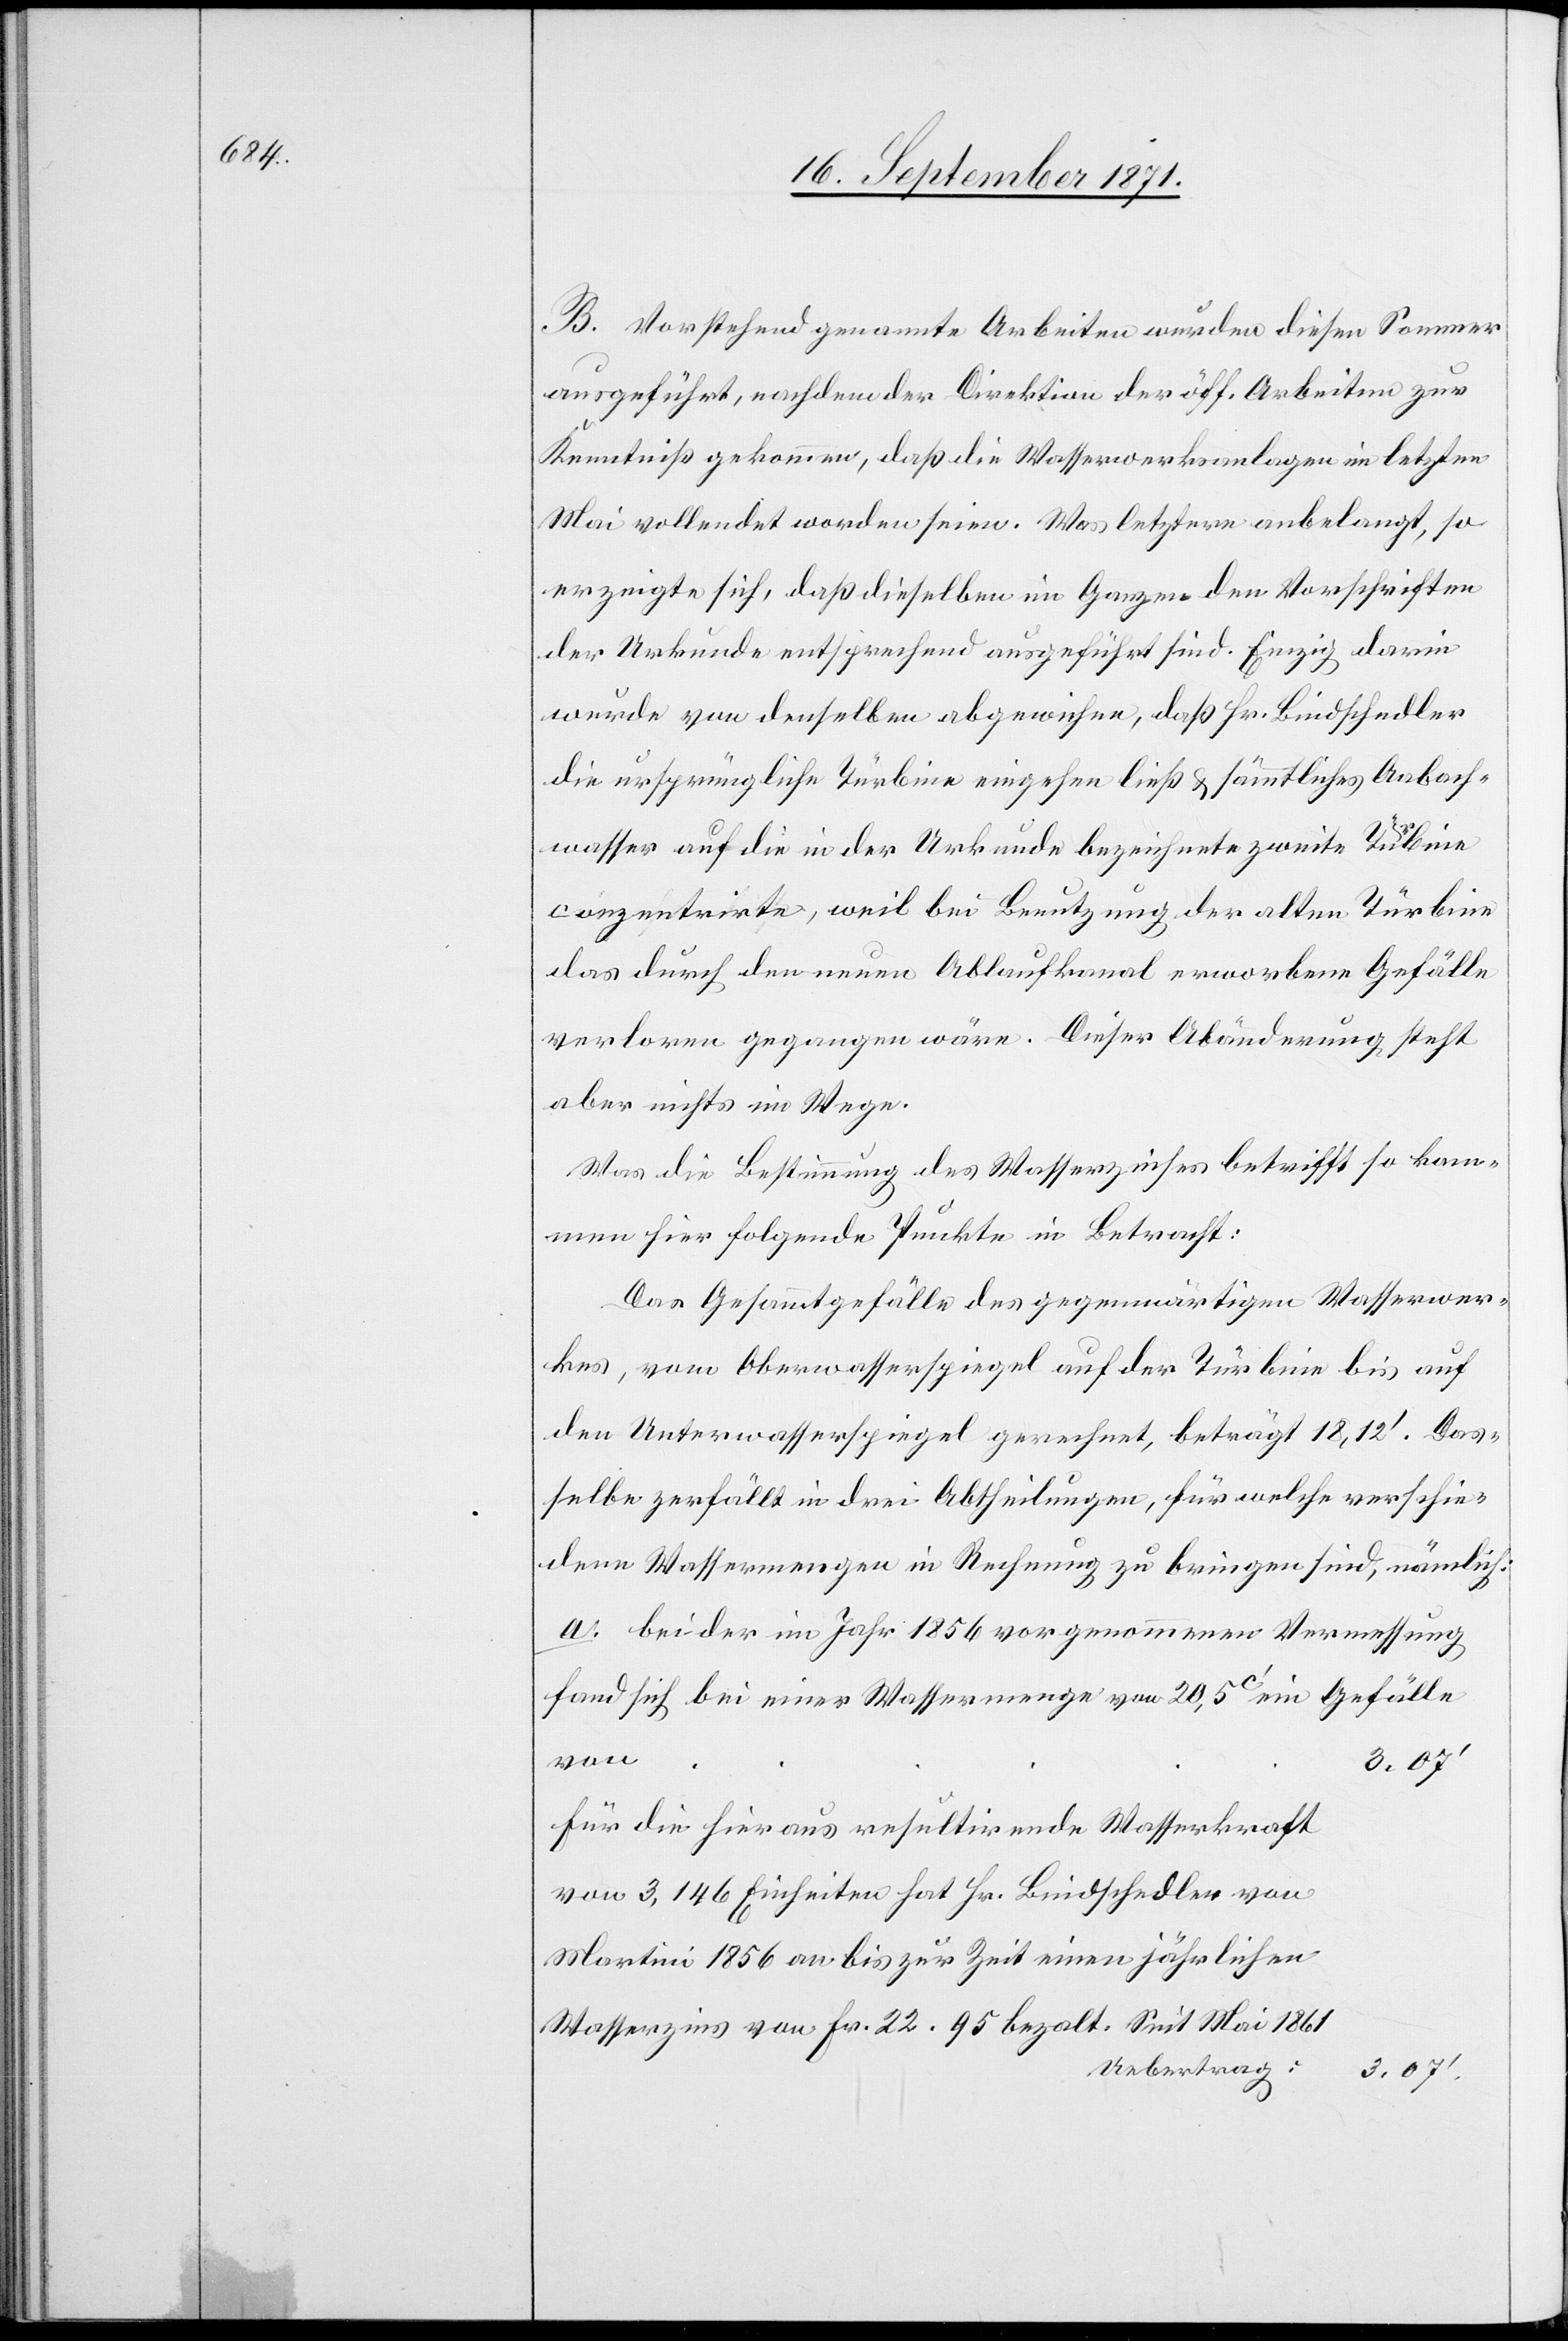
B. Vorstehend genannte Arbeiten wurden diesen Sommer
ausgeführt, nachdem der Direktion der öff. Arbeiten zur
Kenntniß gekommen, daß die Wasserwerksanlagen im letzten
Mai vollendet worden seien. Was letztere anbelangt, so
erzeigte sich, daß dieselben im Ganzen den Vorschriften
der Urkunde entsprechend ausgeführt sind. Einzig darin
wurde von derselben abgewichen, daß Hr. Bindschedler
die ursprüngliche Turbine eingehen ließ & sämmtliches Aabach¬
wasser auf die in der Urkunde bezeichnete zweite Turbine
conzentrirte, weil bei Benutzung der alten Turbine
das durch den neuen Ablaufkanal erworbene Gefälle
verloren gegangen wäre. Dieser Abänderung steht
aber nichts im Wege.
Was die Bestimmung des Wasserzinses betrifft so kom¬
men hier folgende Punkte in Betracht:
Das Gesammtgefälle des gegenwärtigen Wasserwer¬
kes, vom Oberwasserspiegel auf der Turbine bis auf
den Unterwasserspiegel gerechnet, beträgt 18,12’. Das¬
selbe zerfällt in drei Abtheilungen, für welche verschie¬
dene Wassermengen in Rechnung zu bringen sind, nämlich:
a. bei der im Jahr 1856 vorgenommenen Vermessung
fand sich bei einer Wassermenge von 20,5c’ ein Gefälle
von
3.07’
für die hieraus resultirende Wasserkraft
von 3,146 Einheiten hat Hr. Bindschedler von
Martini 1856 an bis zur Zeit einen jährlichen
Wasserzins von Fr. 22.95 bezalt. Mit Mai 1861
Uebertrag
3.07’